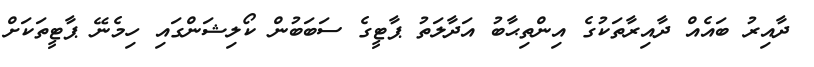
ދާއިރު ބައެއް ދާއިރާތަކުގެ އިންތިޙާބު އަދާލަތު ޕާޓީގެ ސަބަބުން ކޯލިޝަންގައި ހިމެނޭ ޕާޓީތަކަށް